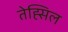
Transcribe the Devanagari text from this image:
तेह्सिल